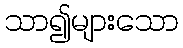
သာ၍များသော